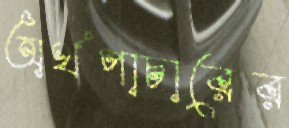
অর্থপাচারের